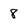
Character: 8